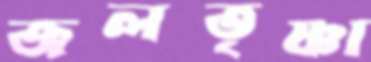
জলতৃষ্ণা